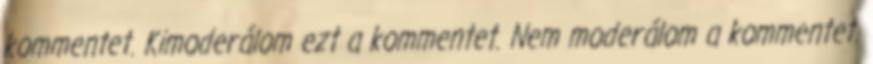
kommentet. Kimoderálom ezt a kommentet. Nem moderálom a kommentet.